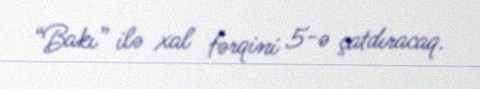
“Bakı” ilə xal fərqini 5-ə çatdıracaq.